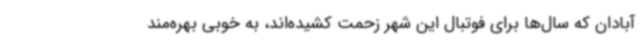
آبادان که سال‌ها برای فوتبال این شهر زحمت کشیده‌اند، به خوبی بهره‌مند